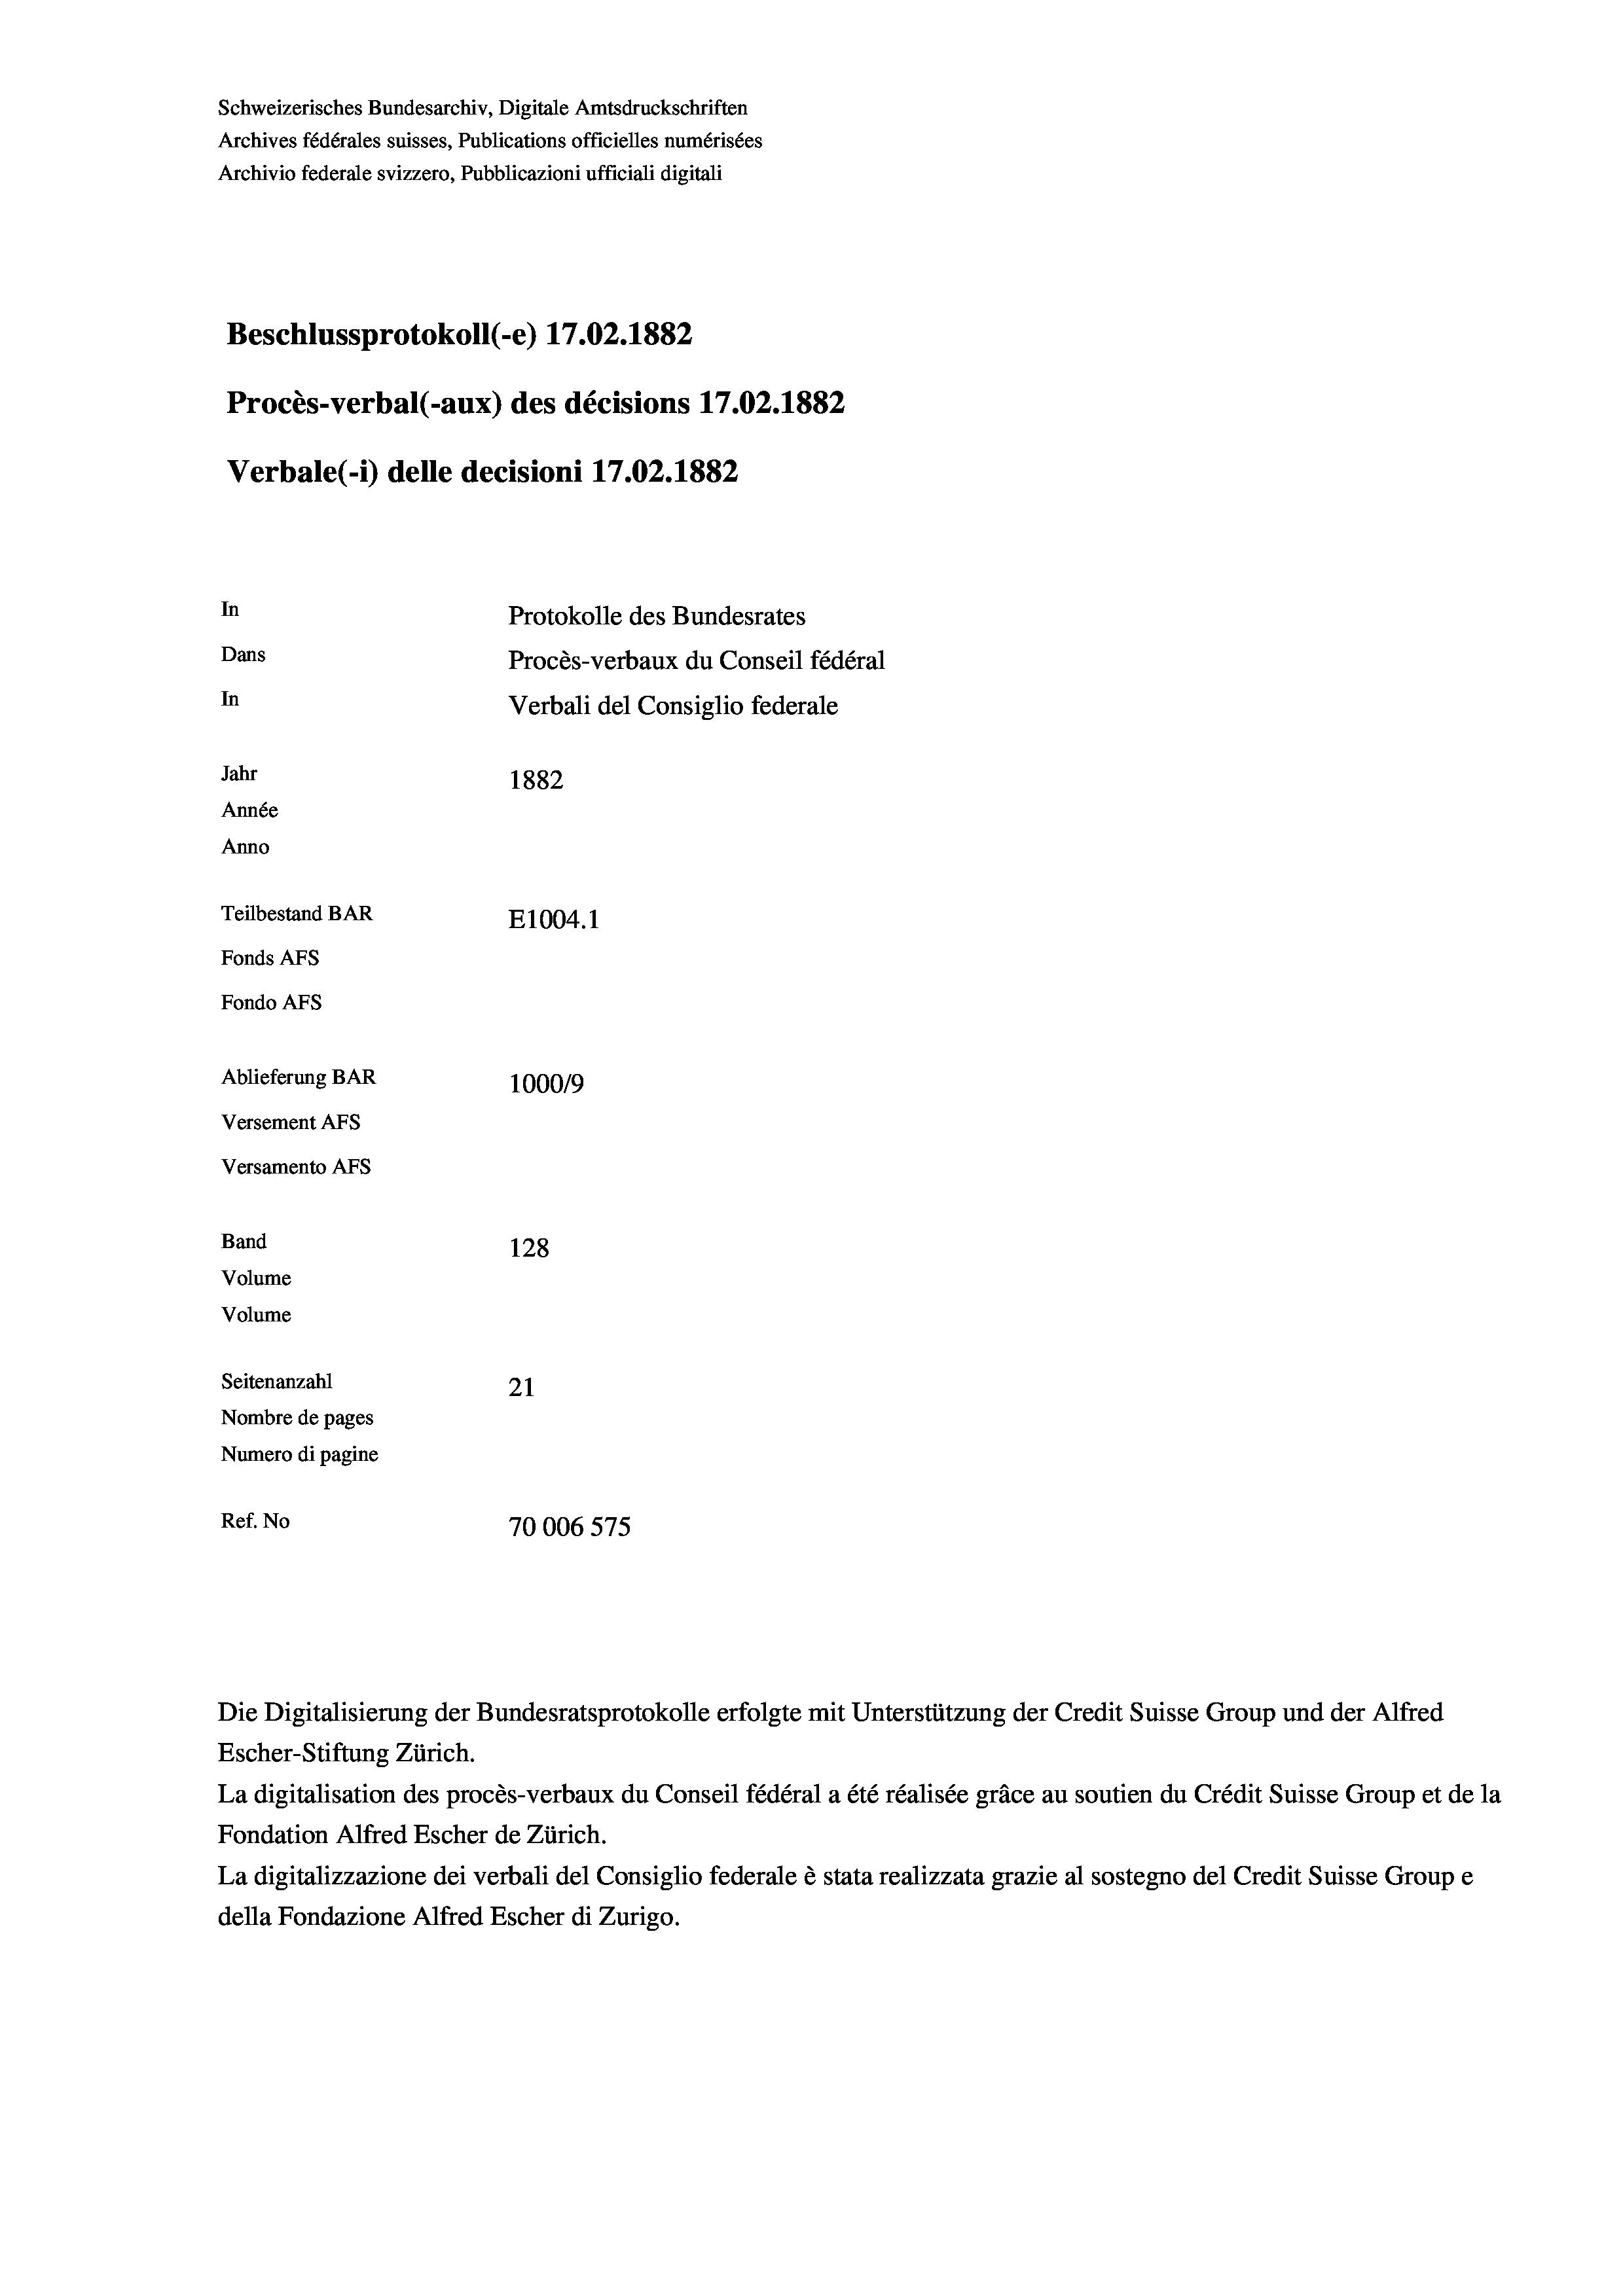
Schweizerisches Bundesarchiv, Digitale Amtsdruckschriften
Archives fédérales suisses, Publications officielles numérisées
Archivio federale svizzero, Pubblicazioni ufficiali digitali
Beschlussprotokoll (-e) 17.02. 1882
Procès-verbal (-aux) des décisions 17.02. 1882
Verbale (1) delle decisioni 17.02. 1882
In
Protokolle des Bundesrates
Dans
Procès-verbaux du Conseil fédéral
In
Verbali del Consiglio federale
Jahr
1882
Année
Anno
Teilbestand BAR
E1004.1
Fonds Afs
Fondo AFs
Ablieferung BAR
1000/9
Versement Abs
Versamento Afs
Band
128
Volume
Volume

Seitenanzahl
21
Nombre de pages
Numero di pagine
Ref. No
70006 575

Die Digitalisierung der Bundesratsprotokolle erfolgte mit Unterstützung der Credit Suisse Group und der Alfred
Escher-Stiftung Zürich.
La digitalisation des procès-verbaux du Conseil fédéral a été réalisée gräce au soutien du Crédit Suisse Group et de la
Fondation Alfred Escher de Zürich.
La digitalizzazione dei verbali del Consiglio federale è stata realizzata grazie al sostegno del Credit Suisse Groupe
della Fondazione Alfred Escher di Zurigo.